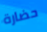
حضارة